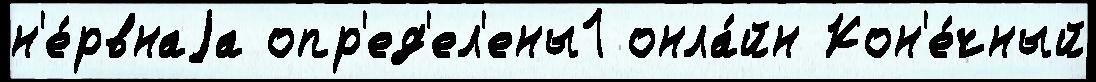
н'е́рвнаjа опр'ед'ел'ены1 онла́йн Кон'е́чный